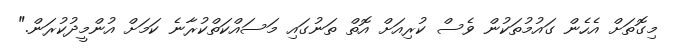
މިގޮތަށް އެހެން ގައުމުތަކުން ވެސް ކުރިއަށް އޮތް ތަނުގައި މަސައްކަތްކުރާނެ ކަމަށް އުންމީދުކުރަން."